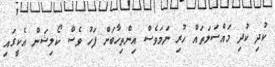
ކުދި ކުދި މައްސަލަތައް ހުރި ނަމަވެސް އިންތިހާބަށް ފަހު ވެސް ކޯލިޝަން އެކީގައި